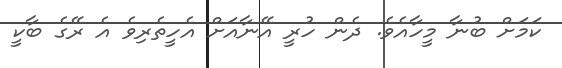
ކަމަށް ބުނާ މީހާއެވެ. ދެން ހުރީ އޭނާއަށް އެހީތެރިވެ އެ ރޭގެ ބާކީ